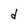
Character: d